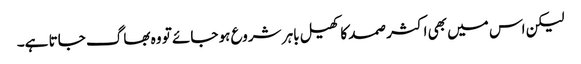
لیکن اس میں بھی اکثر صمد کا کھیل باہر شروع ہو جائے تو وہ بھاگ جاتا ہے۔